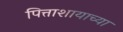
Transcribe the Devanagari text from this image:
पित्ताशायाच्या